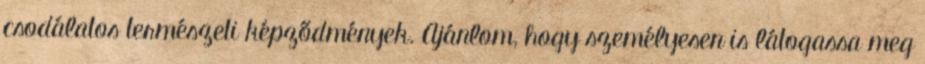
csodálatos természeti képződmények. Ajánlom, hogy személyesen is látogassa meg